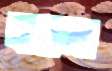
কান